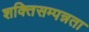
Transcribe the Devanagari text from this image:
शक्तिसम्पन्नता